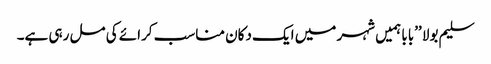
سلیم بولا ’’بابا ہمیں شہر میں ایک دکان مناسب کرائے کی مل رہی ہے۔